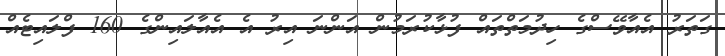
ގަތަރު އެއާވޭސްގެ ހިދުމަތްތައް ފުޅާކުރަމުން އަންނަ އިރު އެ އެއާލައިންގެ 160 ފްލައިޓެއް